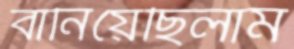
বানিয়েছিলাম